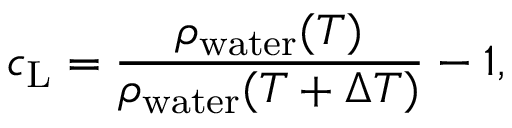
c _ { \mathrm { L } } = \frac { \rho _ { \mathrm { w a t e r } } ( T ) } { \rho _ { \mathrm { w a t e r } } ( T + \Delta T ) } - 1 ,